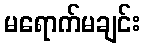
မရောက်မချင်း